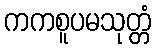
ကကစူပမသုတ္တံ